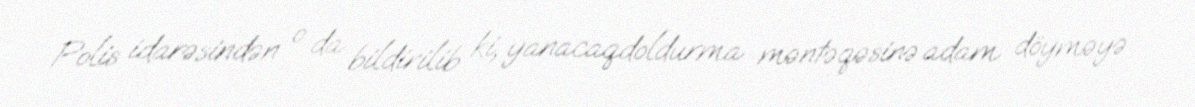
Polis idarəsindən o da bildirilib ki, yanacaqdoldurma məntəqəsinə adam döyməyə